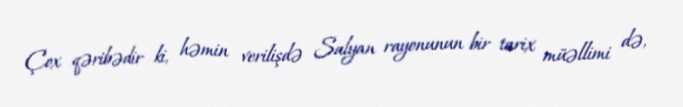
Çox qəribədir ki, həmin verilişdə Salyan rayonunun bir tarix müəllimi də,